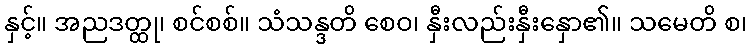
နှင့်။ အညဒတ္ထု၊ စင်စစ်။ သံသန္ဒတိ စေဝ၊ နှီးလည်းနှီးနှော၏။ သမေတိ စ၊